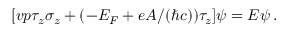
[ v p \tau _ { z } \sigma _ { z } + ( - E _ { F } + e A / ( \hbar c ) ) \tau _ { z } ] \psi = E \psi \, .